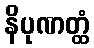
နိပုဏတ္ထံ